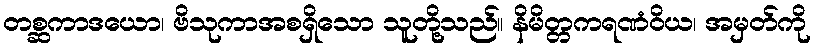
တစ္ဆကာဒယော၊ ဗိသုကာအစရှိသော သူတို့သည်။ နိမိတ္တကရဏံဝိယ၊ အမှတ်ကို